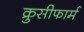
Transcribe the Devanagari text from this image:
क्रुसीफार्म